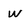
Character: w